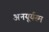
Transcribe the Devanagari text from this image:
अनयूर्यस्म